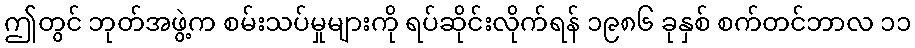
ဤတွင် ဘုတ်အဖွဲ့က စမ်းသပ်မှုများကို ရပ်ဆိုင်းလိုက်ရန် ၁၉၈၆ ခုနှစ် စက်တင်ဘာလ ၁၁